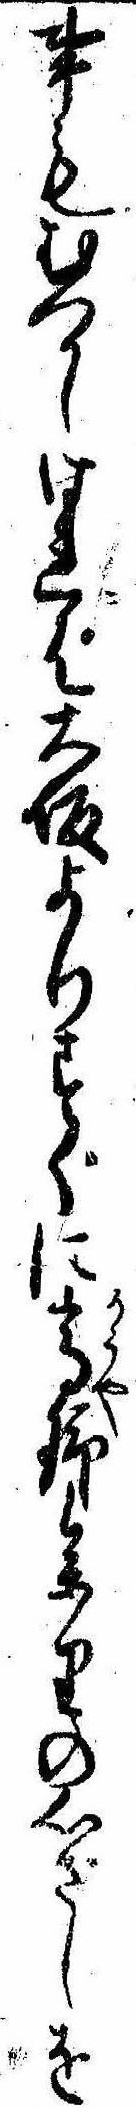
事もむつかしければ大坂よりすぐに高野参りの心ざしを